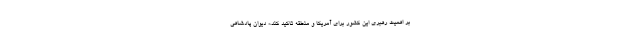
بر اهمیت رهبری این کشور برای آمریکا و منطقه تاکید کند.» دیوان پادشاهی